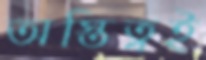
অস্তিত্বই